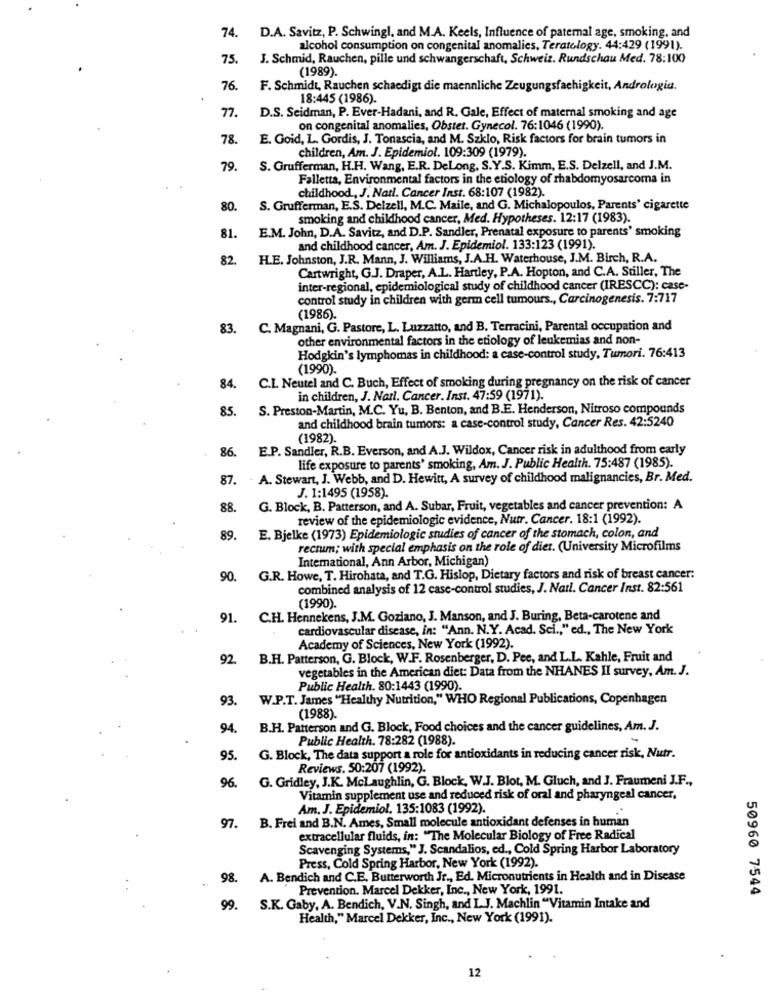
74.
D.A. Savitz, P. Schwingl, and M.A. Keels, Influence of paternal age, smoking, and
alcohol consumption on congenital anomalies, Teratology. 44:429 (1991).
75.
J. Schmid, Rauchen, pille und schwangerschaft, Schweiz. Rundschau Med. 78:100
(1989).
76.
F. Schmidt, Rauchen schaedigt die maennliche Zeugungsfachigkeit, Andrologia.
18:445 (1986).
77.
D.S. Seidman, P. Ever-Hadani, and R. Gale, Effect of maternal smoking and age
on congenital anomalies, Obstet. Gynecol. 76:1046 (1990).
78.
E. Goid, L. Gordis, J. Tonascia, and M. Szklo, Risk factors for brain tumors in
children, Am. J. Epidemiol. 109:309 (1979).
79.
S. Grufferman, H.H. Wang, E.R. DeLong, S.Y.S. Kimm, E.S. Delzell, and J.M.
Falletta, Environmental factors in the etiology of rhabdomyosarcoma in
childhood, J. Natl. Cancer Inst. 68:107 (1982).
80.
S. Grufferman, E.S. Delzell, M.C. Maile, and G. Michalopoulos, Parents' cigarette
smoking and childhood cancer, Med. Hypotheses. 12:17 (1983).
81.
E.M. John, D.A. Savitz, and D.P. Sandler, Prenatal exposure to parents' smoking
and childhood cancer, Am. J. Epidemiol. 133:123 (1991).
82.
H.E. Johnston, J.R. Mann, J. Williams, J.A.H. Waterhouse, J.M. Birch, R.A.
Cartwright, G.J. Draper, A.L. Hartley, P.A. Hopton, and C.A. Stiller, The
inter-regional, epidemiological study of childhood cancer (IRESCC): case-
control study in children with germ cell tumours ., Carcinogenesis. 7:717
(1986).
83. C. Magnani, G. Pastore, L. Luzzatto, and B. Terracini, Parental occupation and
other environmental factors in the etiology of leukemias and non-
Hodgkin's lymphomas in childhood: a case-control study, Tumori. 76:413
(1990)
84. C.I. Neutel and C. Buch, Effect of smoking during pregnancy on the risk of cancer
in children, J. Nail. Cancer. Inst. 47:59 (1971).
85. S. Preston-Martin, M.C. Yu, B. Benton, and B.E. Henderson, Nitroso compounds
and childhood brain tumors: a case-control study, Cancer Res. 42:5240
(1982).
86.
E.P. Sandler, R.B. Everson, and A.J. Wildox, Cancer risk in adulthood from early
life exposure to parents' smoking, Am. J. Public Health. 75:487 (1985).
87.
A. Stewart, J. Webb, and D. Hewitt, A survey of childhood malignancies, Br. Med.
J. 1:1495 (1958).
88.
G. Block, B. Patterson, and A. Subar, Fruit, vegetables and cancer prevention: A
review of the epidemiologic evidence, Nutr. Cancer. 18:1 (1992).
89.
E. Bjelke (1973) Epidemiologic studies of cancer of the stomach, colon, and
rectum; with special emphasis on the role of diet. (University Microfilms
International, Ann Arbor, Michigan)
90.
G.R. Howe, T. Hirohata, and T.G. Hislop, Dietary factors and risk of breast cancer:
combined analysis of 12 case-control studies, J. Nati. Cancer Inst. 82:561
(1990).
91. C.H. Hennekens, J.M. Goziano, J. Manson, and J. Buring, Beta-carotene and
cardiovascular disease, in: "Ann. N.Y. Acad. Sci ., " ed ., The New York
Academy of Sciences, New York (1992).
92. B.H. Patterson, G. Block, W.F. Rosenberger, D. Pee, and L.L. Kahle, Fruit and
vegetables in the American diet: Data from the NHANES II survey, Am. J.
Public Health. 80:1443 (1990).
93.
W.P.T. James "Healthy Nutrition," WHO Regional Publications, Copenhagen
(1988).
94.
B.H. Patterson and G. Block, Food choices and the cancer guidelines, Am. J.
Public Health. 78:282 (1988).
95.
G. Block, The data support a role for antioxidants in reducing cancer risk, Nutr.
Reviews. 50:207 (1992).
96.
G. Gridley, J.K. Mclaughlin, G. Block, W.J. Blot, M. Gluch, and J. Fraumeni J.F .,
Vitamin supplement use and reduced risk of oral and pharyngeal cancer,
Am. J. Epidemiol. 135:1083 (1992).
97. B. Frei and B.N. Ames, Small molecule antioxidant defenses in human
extracellular fluids, in: "The Molecular Biology of Free Radical
Scavenging Systems," J. Scandalios, ed ., Cold Spring Harbor Laboratory
Press, Cold Spring Harbor, New York (1992).
98. A. Bendich and C.E. Butterworth Jr ., Ed. Micronutrients in Health and in Disease
Prevention. Marcel Dekker, Inc ., New York, 1991.
50960 7544
99. S.K. Gaby, A. Bendich, V.N. Singh, and L.J. Machlin "Vitamin Intake and
Health," Marcel Dekker, Inc ., New York (1991).
12